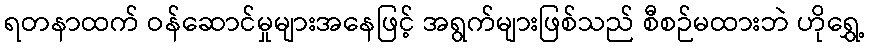
ရတနာထက် ဝန်ဆောင်မှုများအနေဖြင့် အရွက်များဖြစ်သည် စီစဉ်မထားဘဲ ဟိုရွှေ့